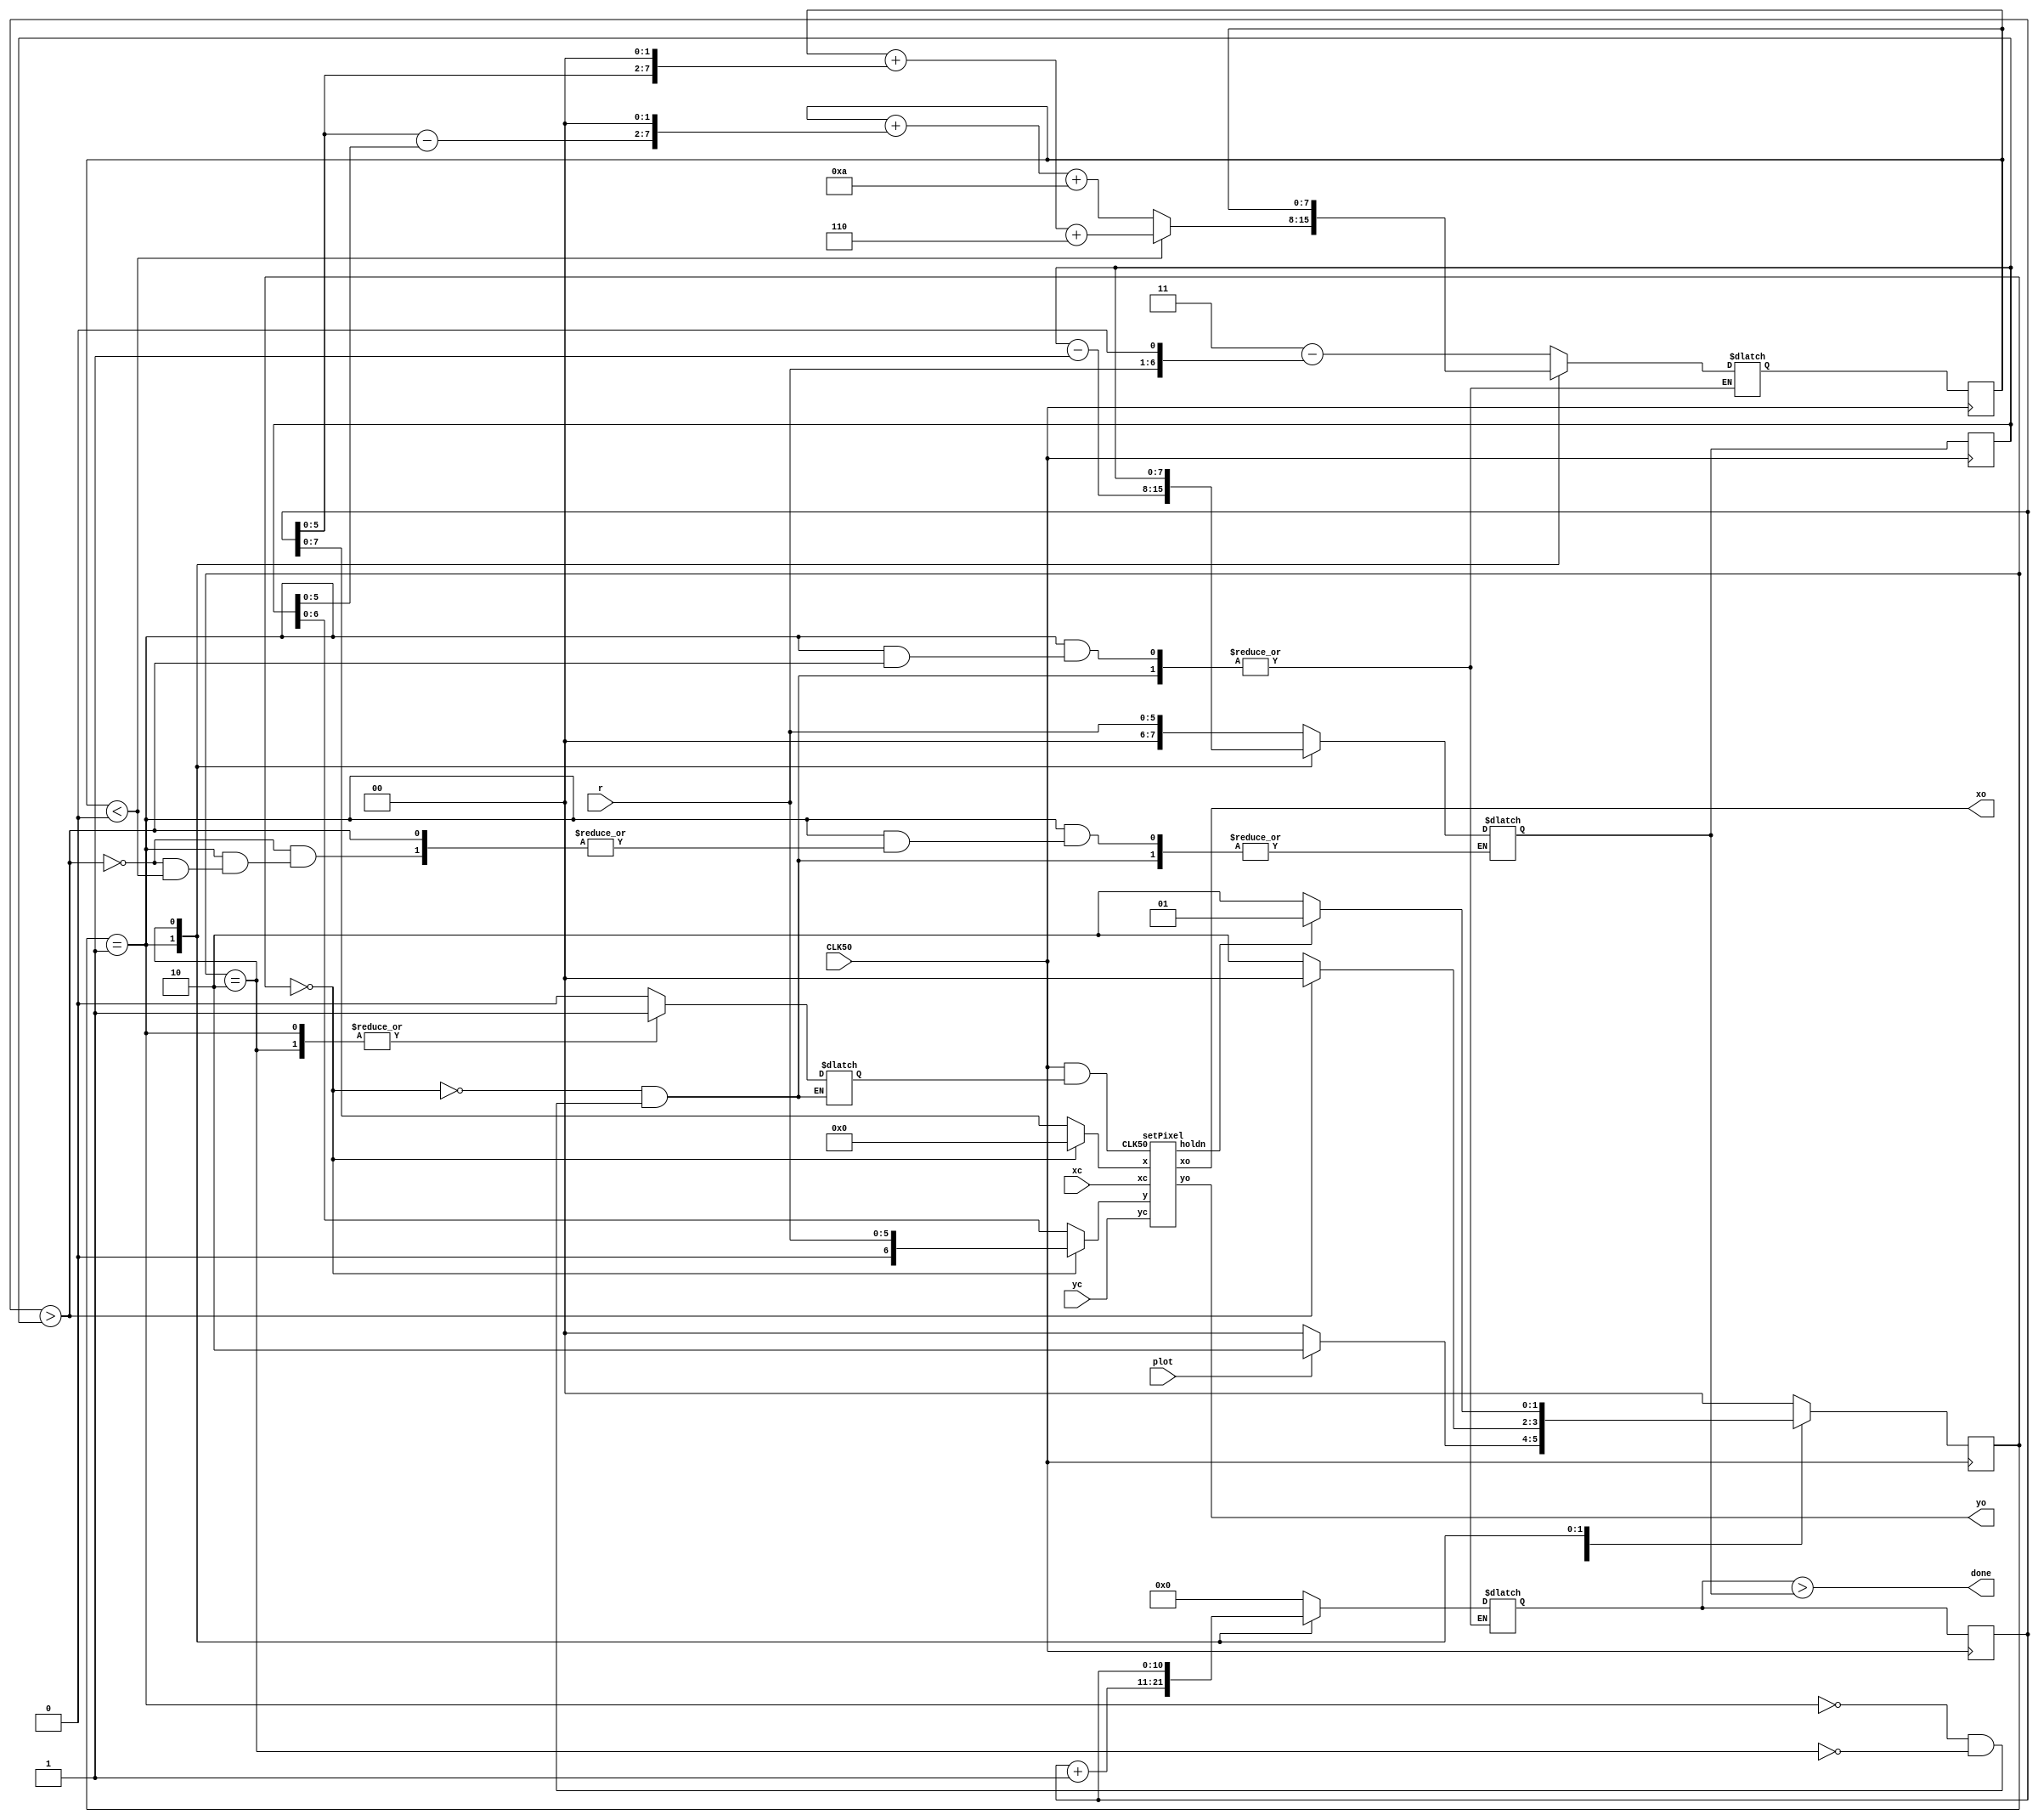
	module bresen(xc,yc,r,xo,yo,CLK50,plot,done);
	input [7:0]xc;
	input [5:0]r;
	input [6:0]yc;
	input CLK50,plot;
	output [7:0] xo;
	output [6:0] yo;
	output done;
	//output [2:0] pst; //TESTING
	//can be used for TESTING
	wire [10:0] x;
	wire  [7:0] y;
	
	reg signed [7:0] d,dn;
	reg [10:0] xn,xp;
	reg [7:0] yn,yp;
	reg [1:0] nst;
	reg [1:0] pst;
	initial pst = 0;
	reg enplot;
	
	
	parameter Ab=2'b00, Bb=2'b01,Cb=2'b10,Db=2'b11;
	/* ------ TESTING ------
	wire holdn;
	output holdclk;
	assign holdclk = holdn;
	------------------------*/
	setPixel pixplot(xc,yc,x[7:0],y[6:0],xo,yo,CLK50 & enplot,holdn);


	always @(pst,d,x,y,plot,holdn)
	begin
	case(pst)
		//Ready to Draw
	Ab: begin 
		 dn = 3 - (r << 1);
		 xn = 0;
		 yn = {1'b0,r};
		 enplot = 0;
		 if (plot) nst = Cb;
		 else nst = Ab;
		 end
		//Initialzed Drawing
		//Calculating
	Bb: begin
	enplot = 1;
	//if (xp==yp) nst=Ab;
	if (xp>yp) nst = Ab;
		else 
		begin
		nst = Cb;
		xn = xp + 1;
			if (d < 0) dn = d + (xp <<< 2) + 6;
			else
				begin
					dn = d + ((xp-yp) <<< 2) + 10;
					yn = yp - 1;
				end			
	 	end
	end
		//Drawing
	Cb:begin 
	enplot = 1;
		dn = d;
		xn = xp;
		yn = yp;
		if(holdn)
			nst = Bb;
		 else 
			nst = Cb;
		end
	default : nst=Ab;
	endcase
	end
	
	
	always @ (posedge CLK50)
	begin
		begin
		pst <= nst;
		d <= dn;
		xp <= xn;
		yp <= yn;	
		end
	
	end
	
	assign x = (pst == Ab) ?  0 : xp;
	assign y = (pst == Ab) ?  r : yp;
	assign done = (xn > yn);

	
endmodule

module setPixel(xc,yc,x,y,xo,yo,CLK50,holdn);
//module bresen(xc,yc,x,y,xo,yo,CLK50,holdn);
input CLK50;
input [7:0]  xc,x;
input [6:0]  yc,y;

reg [2:0] p_state;
reg [2:0] n_state;
output reg holdn;
output reg [7:0] xo;
output reg [6:0] yo;
parameter A=3'd0,B=3'd1,C=3'd2,D=3'd3,E=3'd4,F=3'd5,G=3'd6,H=3'd7;
 
initial p_state = 0;
always @ (p_state,x,y,xc,yc)
begin
	case(p_state)
	A:
	begin
		xo = xc + x;
		yo = yc + y;
		holdn = 0;
		n_state = B;
	end
	
	B: 
	begin
		xo = xc - x;
		yo = yc + y;
		holdn = 0;
		n_state = C; 
	end
	
	C: 
	begin
		xo = xc + x;
		yo = yc - y;
		holdn = 0;
		n_state = D;
	end
	
	D: 
	begin
		xo = xc - x;
		yo = yc - y;
		holdn = 0;
		n_state = E; 
	end
	
	E: 
	begin
		xo = xc + y;
		yo = yc + x;
		holdn = 0;
		n_state = F; 
	end
	
	F: 
	begin
		xo = xc - y;
		yo = yc + x;
		holdn = 0;
		n_state = G; 
	end
	
	G: 
	begin
		xo = xc + y;
		yo = yc - x;
		holdn = 1;
		n_state = H; 
	end
	
	H: 
	begin
		xo = xc - y;
		yo = yc - x;
		holdn = 0;
		n_state = A;
	end
	endcase
end

always @ (posedge CLK50)
begin
		p_state<=n_state;	
end

endmodule